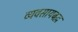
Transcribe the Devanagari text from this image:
व्यवसायबद्ध